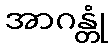
အာဂန္တုံ